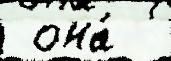
 она́